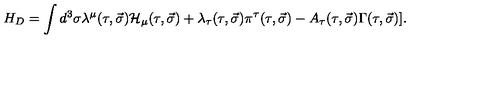
H _ { D } = \int d ^ { 3 } \sigma \lambda ^ { \mu } ( \tau , \vec { \sigma } ) { \cal H } _ { \mu } ( \tau , \vec { \sigma } ) + \lambda _ { \tau } ( \tau , \vec { \sigma } ) \pi ^ { \tau } ( \tau , \vec { \sigma } ) - A _ { \tau } ( \tau , \vec { \sigma } ) \Gamma ( \tau , \vec { \sigma } ) ] .